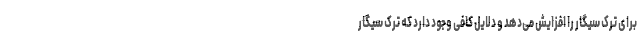
برای ترک سیگار را افزایش می‌دهد و دلایل کافی وجود دارد که ترک سیگار